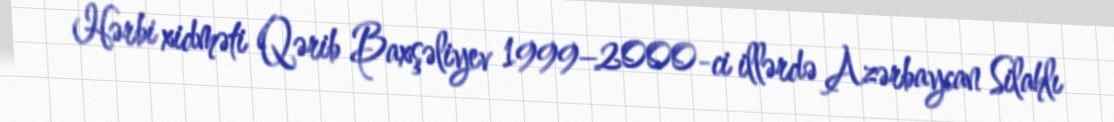
Hərbi xidməti Qərib Baxşəliyev 1999–2000-ci illərdə Azərbaycan Silahlı